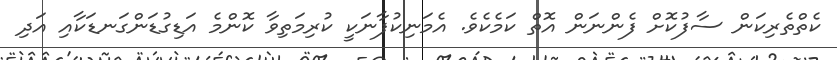
ކެތްތެރިކަން ސާފުކޮށް ފެންނަން އޮތް ކަމެކެވެ. އެމަނިކުފާނަކީ ކުރިމަތިވާ ކޮންމެ އަޑިގުޑަންގަނޑަކާއި އަދި